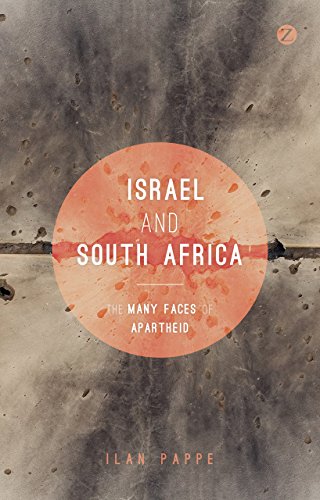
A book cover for Israel and South Africa: The Many Faces of Apartheid; History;